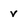
Character: v